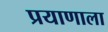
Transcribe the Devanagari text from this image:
प्रयाणाला